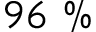
9 6 ~ \%